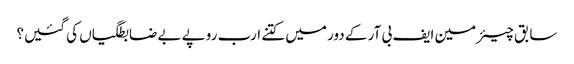
سابق چیئرمین ایف بی آر کے دور میں کتنے ارب روپے بے ضابطگیاں کی گئیں؟